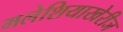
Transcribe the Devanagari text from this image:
मलेशियाखेरीज